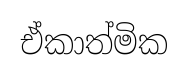
ඒකාත්මික